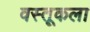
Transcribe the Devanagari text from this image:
वस्तूकला